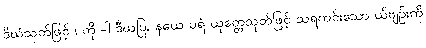
ဒီဃံသုတ်ဖြင့် ၊ ကို -ါ ဒီဃပြု, နယေ ပရံ ယုတ္တေသုတ်ဖြင့် သရကင်းသော ယ်ဗျဉ်းကို